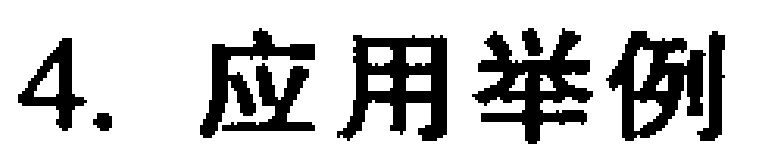
4. 应用举例